Report of the King Institute of Preventive Medicine, Guindy
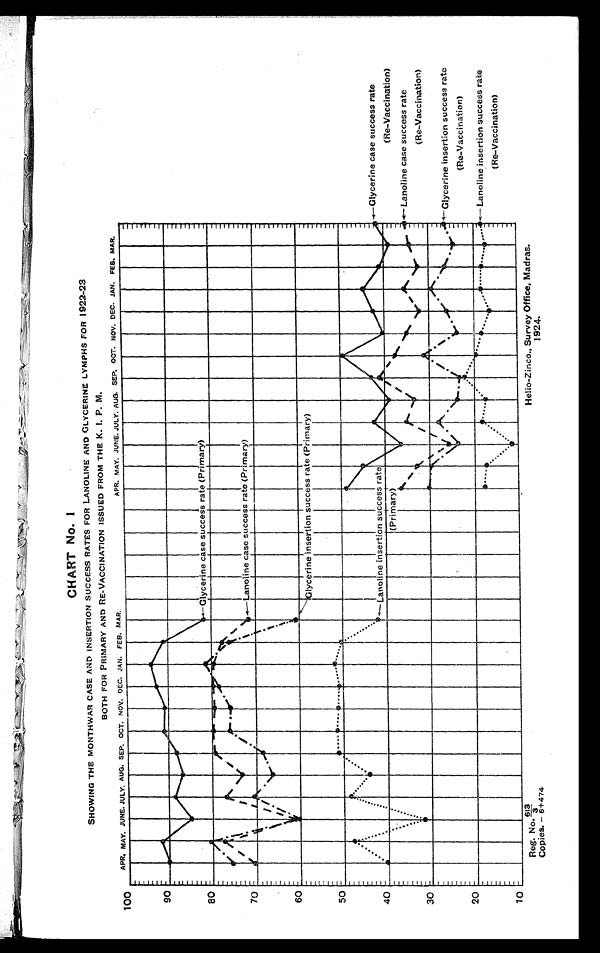
Reg. No.
613/3
Copies. – 6+474
Helio-Zinco., Survey Office, Madras.
1924.
CHART No. I
SHOWING THE MONTHWAR CASE AND INSERTION SUCCESS RATES FOR LANOLINE AND GLYCERINE LYMPHS FOR 1922-2
3
BOTH FOR PRIMARY AND RE-VACCINATION ISSUED FROM THE K. I. P. M.